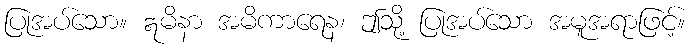
ပြုအပ်သော။ ဣမိနာ အမိကာရေန၊ ဤသို့ ပြုအပ်သော အမူအရာဖြင့်။